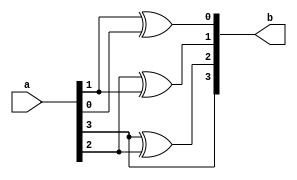
module bcdtogray_df (
    a,b
);
input [3:0] a;
output [3:0] b;

assign b[3] = a[3];
assign b[2] = a[3]^a[2];
assign b[1] = a[2]^a[1];
assign b[0] = a[1]^a[0];
    
endmodule